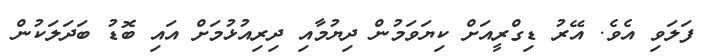
ފަލަވި އެވެ. އޭރު ޑިގްރީއަށް ކިޔަވަމުން ދިޔުމާއި ދިރިއުޅުމަށް އައި ބޮޑު ބަދަލަކުން